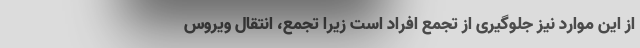
از این موارد نیز جلوگیری از تجمع افراد است زیرا تجمع، انتقال ویروس